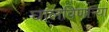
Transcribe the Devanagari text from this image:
घालविणार्‍या